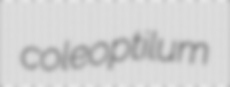
coleoptilum